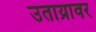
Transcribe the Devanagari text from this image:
उताय्रावर